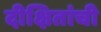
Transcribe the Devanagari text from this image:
दीक्षितांची